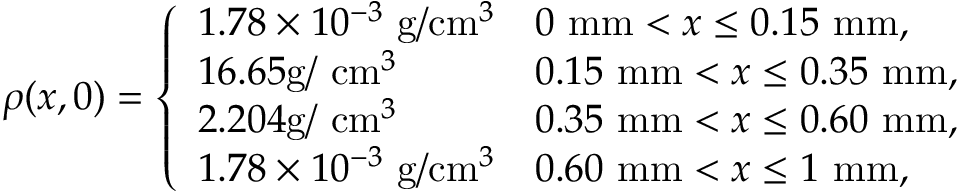
\rho ( x , 0 ) = \left\{ \begin{array} { l l } { 1 . 7 8 \times 1 0 ^ { - 3 } ~ \mathrm { g } / \mathrm { c m } ^ { 3 } } & { 0 ~ \mathrm { m m } < x \leq 0 . 1 5 ~ \mathrm { m m } , } \\ { 1 6 . 6 5 \mathrm { g } / ~ \mathrm { c m } ^ { 3 } } & { 0 . 1 5 ~ \mathrm { m m } < x \leq 0 . 3 5 ~ \mathrm { m m } , } \\ { 2 . 2 0 4 \mathrm { g } / ~ \mathrm { c m } ^ { 3 } } & { 0 . 3 5 ~ \mathrm { m m } < x \leq 0 . 6 0 ~ \mathrm { m m } , } \\ { 1 . 7 8 \times 1 0 ^ { - 3 } ~ \mathrm { g } / \mathrm { c m } ^ { 3 } } & { 0 . 6 0 ~ \mathrm { m m } < x \leq 1 ~ \mathrm { m m } , } \end{array} \right.